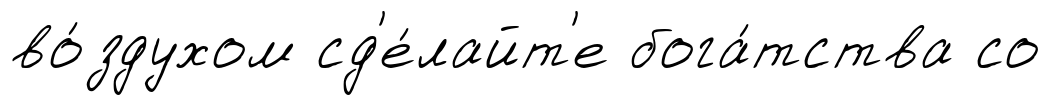
во́здухом сд'е́лайт'е бога́тства со